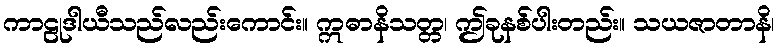
ကာဠုဒါယီသည်လည်းကောင်း။ ဣဓာနိသတ္တ၊ ဤခုနစ်ပါးတည်း။ သယဇာတာနိ၊